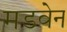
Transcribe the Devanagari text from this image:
मडवेन